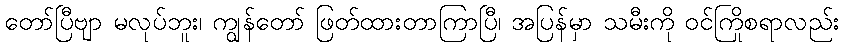
တော်ပြီဗျာ မလုပ်ဘူး၊ ကျွန်တော် ဖြတ်ထားတာကြာပြီ၊ အပြန်မှာ သမီးကို ဝင်ကြိုစရာလည်း